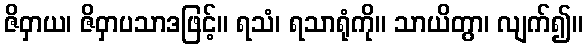
ဇိဝှာယ၊ ဇိဝှာပသာဒဖြင့်။ ရသံ၊ ရသာရုံကို။ သာယိတွာ၊ လျက်၍။